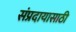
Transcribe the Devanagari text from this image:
संप्रदायासाठी